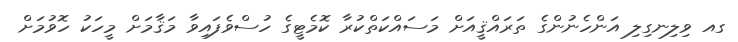
ގއ ވިލިނގިލި އަންހެނުންގެ ތަރައްޤީއަށް މަސައްކަތްކުރާ ކޮމެޓީގެ ހުސްވެފައިވާ މަޤާމަށް މީހަކު ހޮވުމަށް